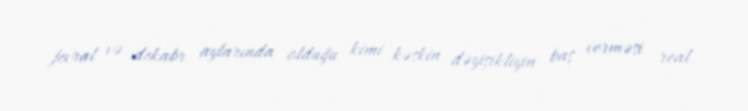
fevral və dekabr aylarında olduğu kimi kəskin dəyişikliyin baş verməsi real